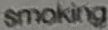
smoking